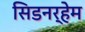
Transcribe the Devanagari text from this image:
सिडनर्हेम